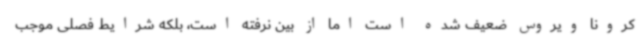
کرونا ویروس ضعیف شده است اما از بین نرفته است، بلکه شرایط فصلی موجب